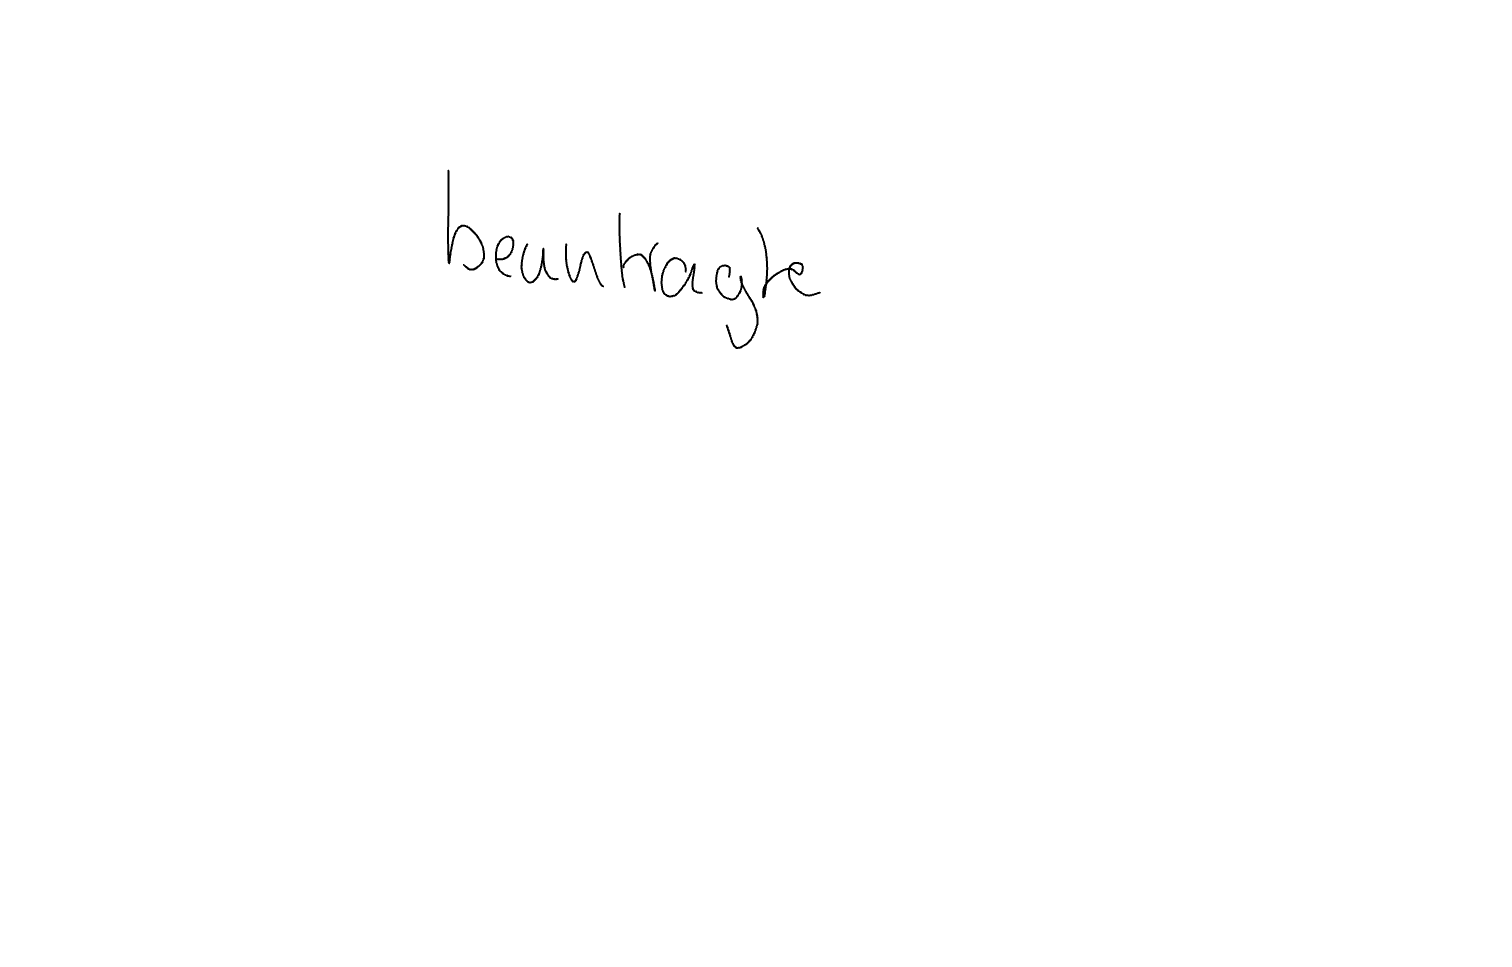
Text: beantragte